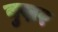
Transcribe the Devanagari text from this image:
बुख्नर